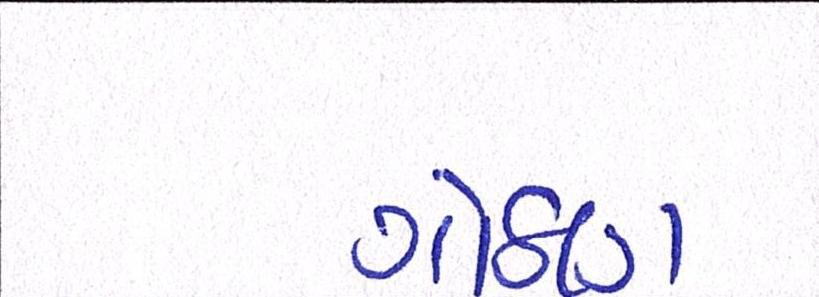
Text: ગોઠણ